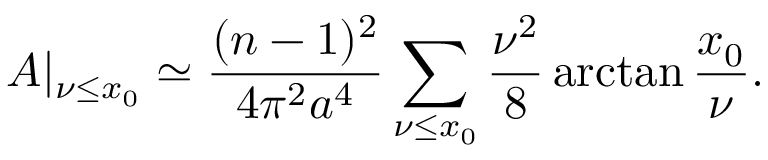
A | _ { \nu \leq x _ { 0 } } \simeq \frac { ( n - 1 ) ^ { 2 } } { 4 \pi ^ { 2 } a ^ { 4 } } \sum _ { \nu \leq x _ { 0 } } \frac { \nu ^ { 2 } } { 8 } \arctan \frac { x _ { 0 } } { \nu } .